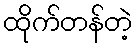
ထိုက်တန်တဲ့